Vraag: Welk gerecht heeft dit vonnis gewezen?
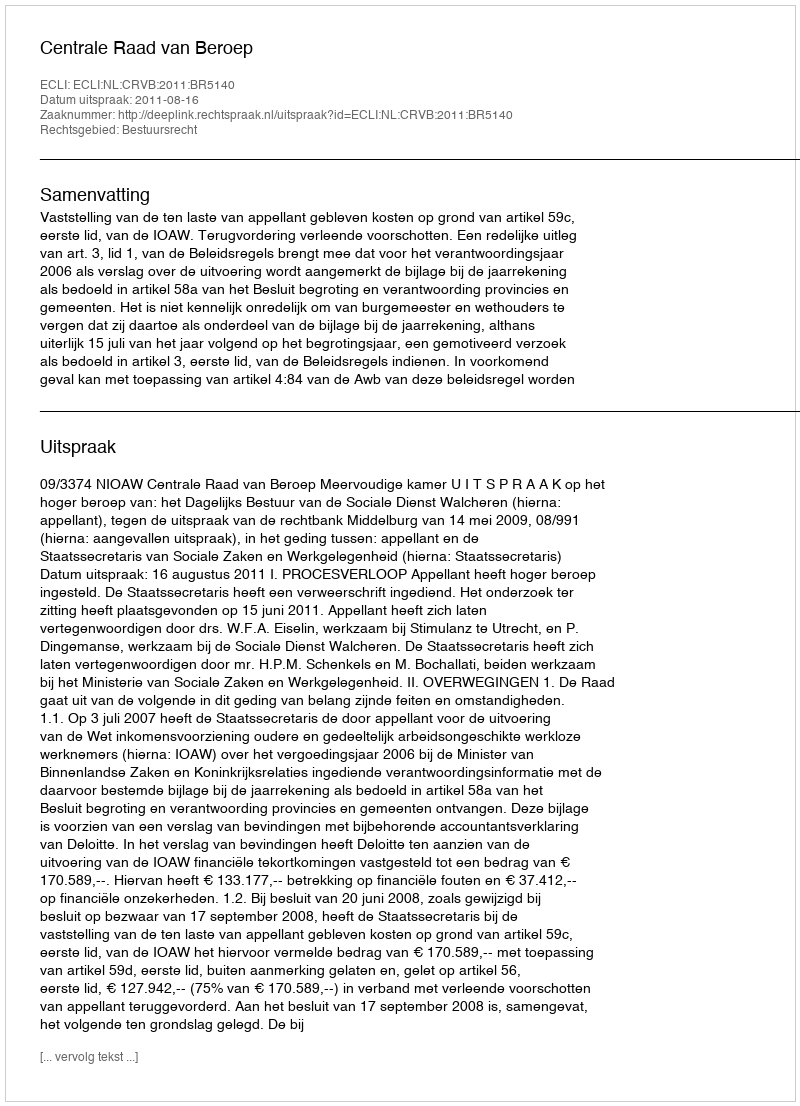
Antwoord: Centrale Raad van Beroep